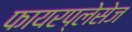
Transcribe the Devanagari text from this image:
फायरप्लेसेज